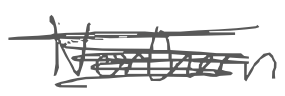
Text: Northern
Cross-out: scratch
Writing tool: digital_gray